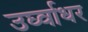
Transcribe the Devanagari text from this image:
उर्घ्वाधर